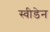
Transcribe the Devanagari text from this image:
स्‍वीडेन